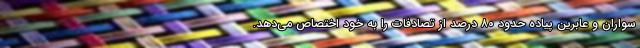
سواران و عابرین پیاده حدود ۸۰ درصد از تصادفات را به خود اختصاص می‌دهد.